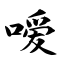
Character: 嗳